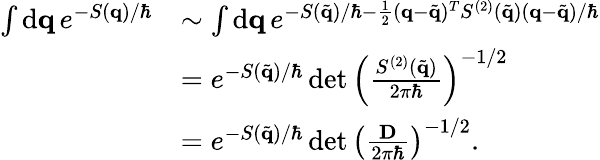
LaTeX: \begin{array}{rl}{\int\mathrm{d}\mathbf{q}\, e^{-S(\mathbf{q})/\hbar}}&{\sim\int\mathrm{d}\mathbf{q}\, e^{-S(\tilde{\mathbf{q}})/\hbar-\frac{1}{2}(\mathbf{q}-\tilde{\mathbf{q}})^{T}S^{(2)}(\tilde{\mathbf{q}})(\mathbf{q}-\tilde{\mathbf{q}})/\hbar}}\\ &{=e^{-S(\tilde{\mathbf{q}})/\hbar}\operatorname*{det}\left(\frac{S^{(2)}(\tilde{\mathbf{q}})}{2\pi\hbar}\right)^{-1/2}}\\ &{=e^{-S(\tilde{\mathbf{q}})/\hbar}\operatorname*{det}\left(\frac{\mathbf{D}}{2\pi\hbar}\right)^{-1/2}.}\end{array}